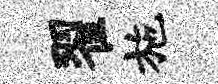
翟施